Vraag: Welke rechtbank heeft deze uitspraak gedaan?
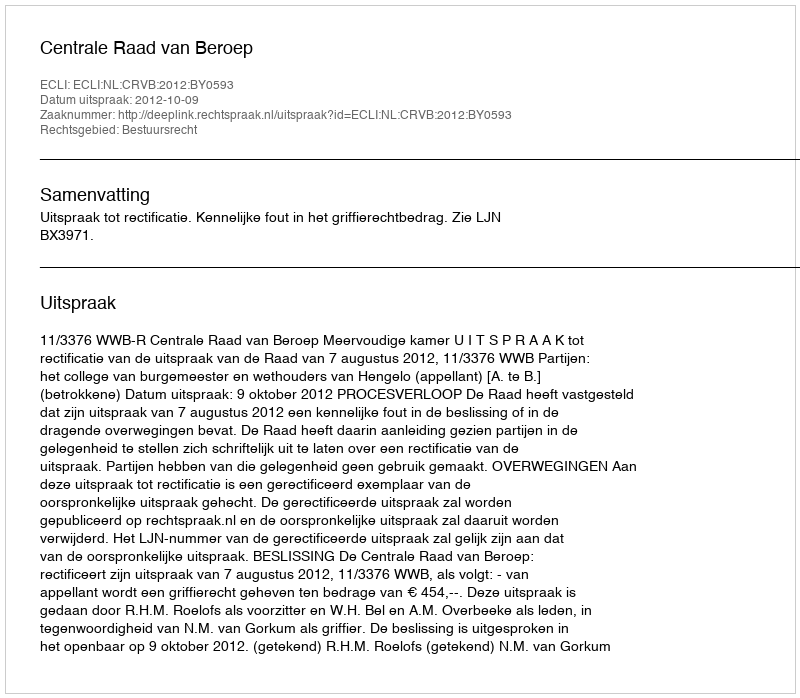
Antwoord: Centrale Raad van Beroep